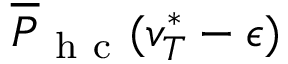
\overline { { P } } _ { \mathrm { ~ h ~ c ~ } } ( v _ { T } ^ { * } - \epsilon )